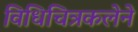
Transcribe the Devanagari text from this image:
विधिचित्रकलेने